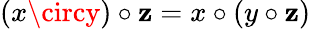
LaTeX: (x\circy)\circ\mathbf{z}=x\circ(y\circ\mathbf{z})